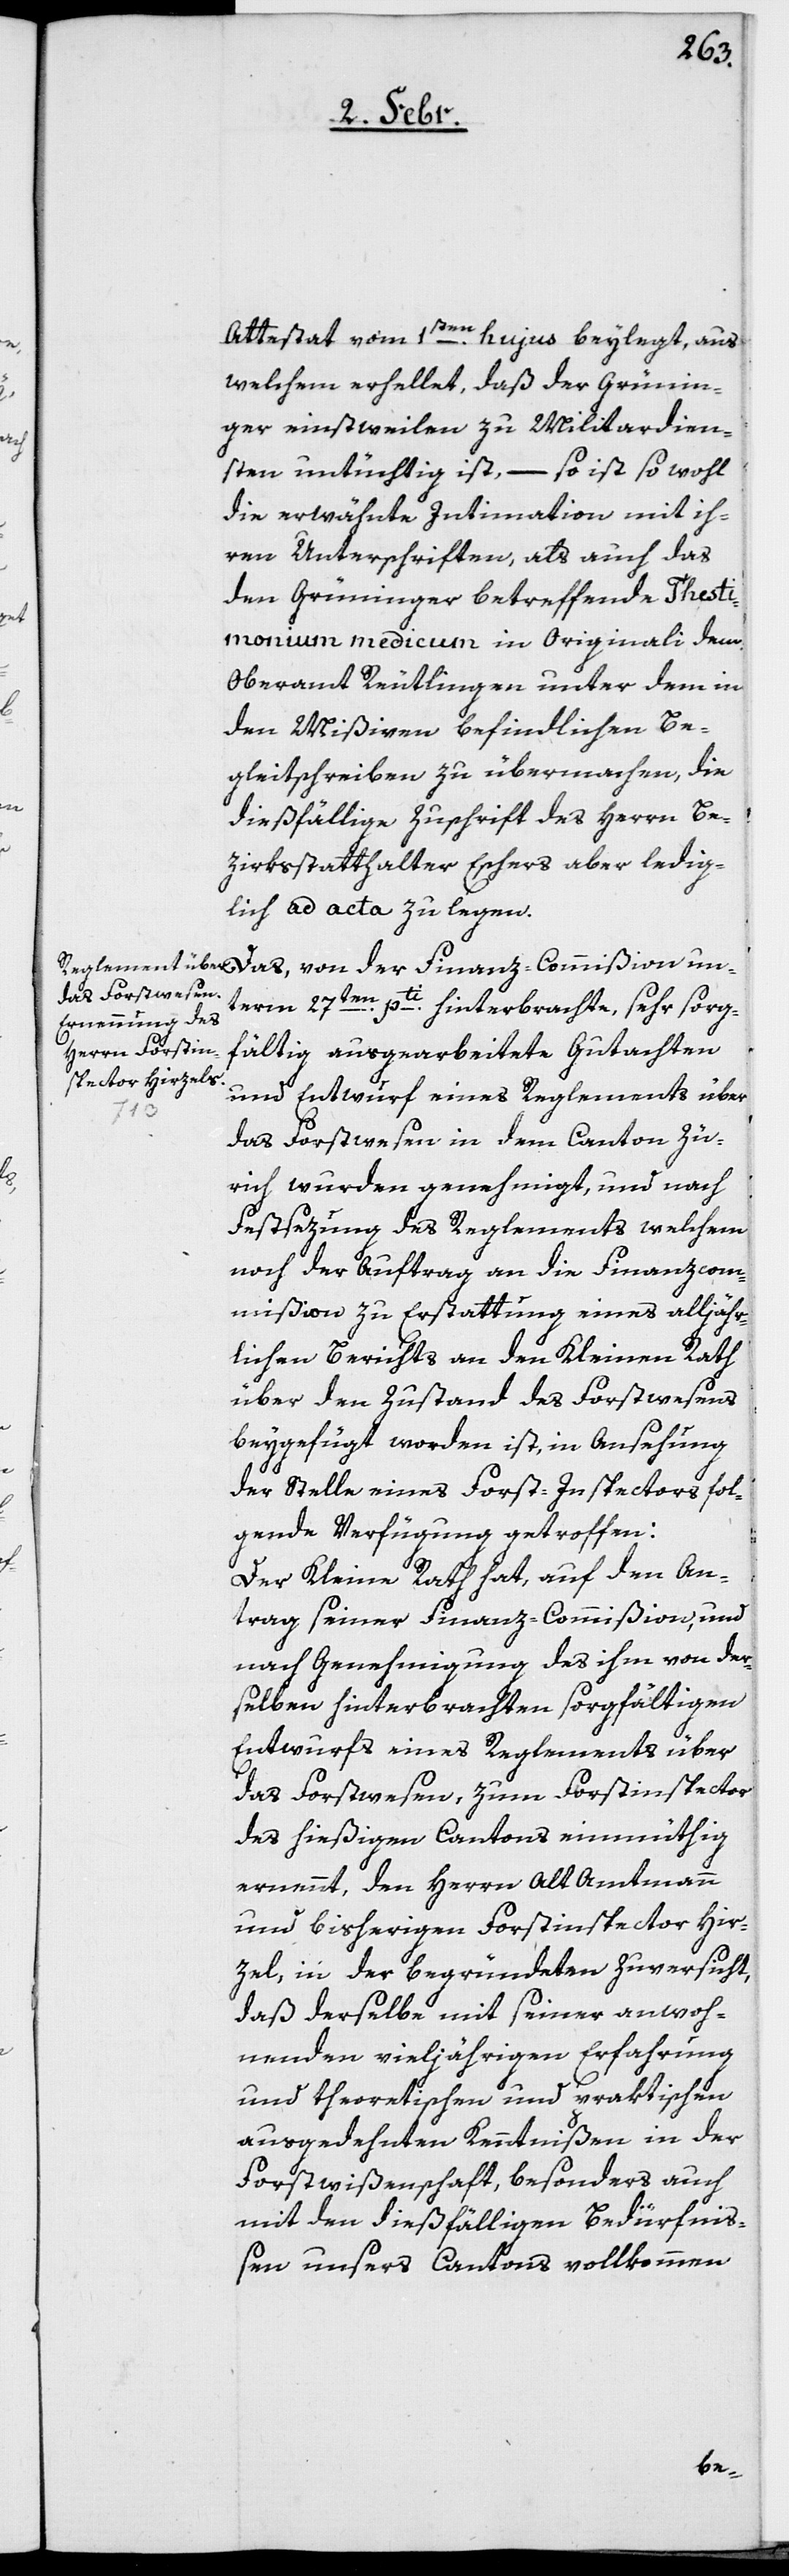
Attestat vom 1sten. hujus beylegt, aus
welchem erhellet, daß der Grünin¬
ger einstweilen zu Militardien¬
sten untüchtig ist, – so ist sowohl
die erwähnte Intimation mit ih¬
ren Unterschriften, als auch das
den Grüninger betreffende Thesti¬
monium medicum in Originali dem
Oberamt Reutlingen unter dem in
den Mißiven befindlichen Be¬
gleitschreiben zu übermachen, die
dießfällige Zuschrift des Herrn Be¬
zirksstatthalter Eschers aber ledig¬
lich ad acta zu legen.
term 27ten. pti. hinterbrachte, sehr sorg¬
fältig ausgearbeitete Gutachten
und Entwurf eines Reglements über
un¬
das Forstwesen in dem Canton Zü¬
rich, wurden genehmigt, und nach
Festsezung des Reglements welchem
noch der Auftrag an die Finanzcom¬
mißion zu Erstattung eines alljähr¬
lichen Berichts an den Kleinen Rath
über den Zustand des Forstwesens
beygefügt worden ist, in Ansehung
der Stelle eines Forst-Inspectors fol¬
gende Verfügung getroffen:
Der Kleine Rath hat, auf den An¬
trag seiner Finanz-Commißion, und
nach Genehmigung des ihm von der¬
selben hinterbrachten sorgfältigen
Entwurfs eines Reglements über
das Forstwesen, zum Forstinspector
des hießigen Cantons einmüthig
ernennt, den Herrn Alt Amtmann
und bisherigen Forstinspector Hir¬
zel, in der begründeten Zuversicht,
daß derselbe mit seiner anwoh¬
nenden vieljährigen Erfahrung
und theoretischen und praktischen
ausgedehnten Kenntnißen in der
Forstwißenschaft, besonders auch
mit den dießfälligen Bedürfniß¬
en unsers Cantons vollkommen